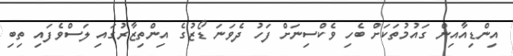
އިންޑިއާއިން ގައުމުތަކަށް ބެހި ވެކްސިނަށް ފަހު ދެވަނަ ޑޯޒުގެ އިންތިޒާރުގައި ލަސްވެފައި ތިބި